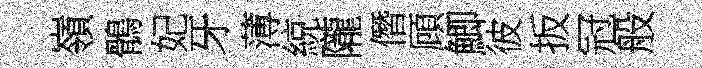
嶺鶻妃牙薄綂隴僭頋鯽彼扳冠般